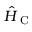
\hat { H } _ { \textrm { C } }